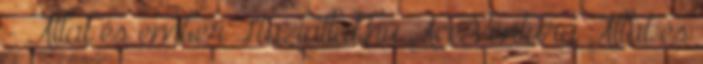
- Állat és ember Haziallat.hu Ace Ventura Állat és